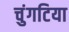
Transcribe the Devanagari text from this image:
चुंगटिया